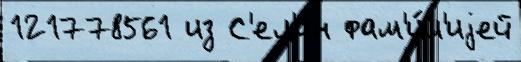
121778561 из С'ел'ин фам'и́л'иjей